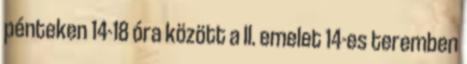
pénteken 14-18 óra között a II. emelet 14-es teremben